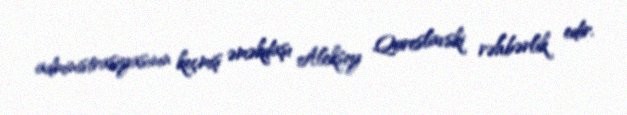
administrasiyasının keçmiş əməkdaşı Aleksey Qoreslavski rəhbərlik edir.